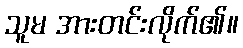
သူမ အားတင်းလိုက်၏။